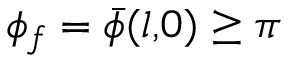
\phi _ { f } = \bar { \phi } ( l , \! 0 ) \ge \pi